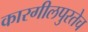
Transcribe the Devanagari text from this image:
कारगीलपुरतेच